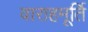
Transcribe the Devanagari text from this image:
वाराहमूर्ति